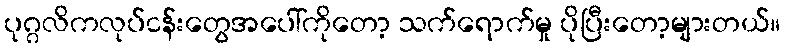
ပုဂ္ဂလိကလုပ်ငန်းတွေအပေါ်ကိုတော့ သက်ရောက်မှု ပိုပြီးတော့များတယ်။